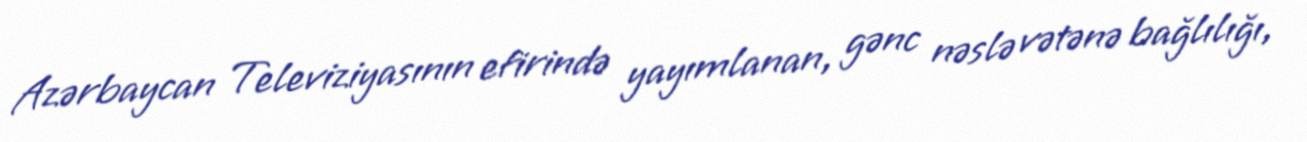
Azərbaycan Televiziyasının efirində yayımlanan, gənc nəslə vətənə bağlılığı,